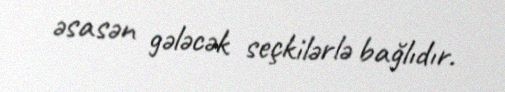
əsasən gələcək seçkilərlə bağlıdır.